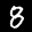
Label: 8